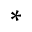
^ *